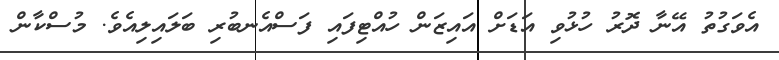
އެވަގުތު އޭނާ ދޮރު ހުޅުވި އަޑަށް އައިޒަން ހުއްޓިފައި ފަސްއެނބުރި ބަލައިލިއެވެ. މުސްކާން